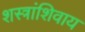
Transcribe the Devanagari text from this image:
शस्त्रांशिवाय